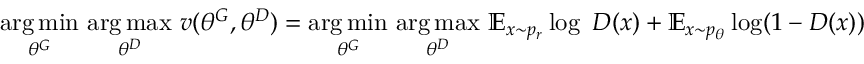
\underset { \theta ^ { G } } { \arg \operatorname* { m i n } } \ \underset { \theta ^ { D } } { \arg \operatorname* { m a x } } \ v ( \theta ^ { G } , \theta ^ { D } ) = \underset { \theta ^ { G } } { \arg \operatorname* { m i n } } \ \underset { \theta ^ { D } } { \arg \operatorname* { m a x } } \ \mathbb { E } _ { x \sim p _ { r } } \log \ D ( x ) + \mathbb { E } _ { x \sim p _ { \theta } } \log ( 1 - D ( x ) )